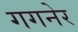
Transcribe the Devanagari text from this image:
गगनेर